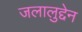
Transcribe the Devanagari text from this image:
जलालुद्देन